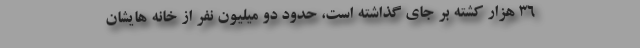
۳۶ هزار کشته بر جای گذاشته است، حدود دو میلیون نفر از خانه هایشان